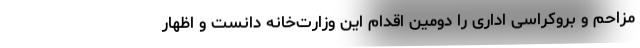
مزاحم و بروکراسی اداری را دومین اقدام این وزارت‌خانه دانست و اظهار